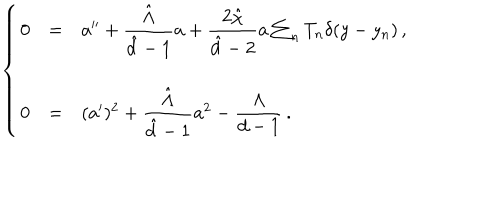
\left\{ \begin{array} { r c l } { { 0 } } & { { = } } & { { a ^ { \prime \prime } + { \displaystyle \frac { \hat { \Lambda } } { \hat { d } - 1 } } a + { \displaystyle \frac { 2 \hat { \chi } } { \hat { d } - 2 } } a \sum _ { n } T _ { n } \delta ( y - y _ { n } ) \, , } } \\ { { } } & { { } } & { { } } \\ { { 0 } } & { { = } } & { { ( a ^ { \prime } ) ^ { 2 } + { \displaystyle \frac { \hat { \Lambda } } { \hat { d } - 1 } } a ^ { 2 } - { \displaystyle \frac { \Lambda } { d - 1 } } \, . } } \\ \end{array} \right.